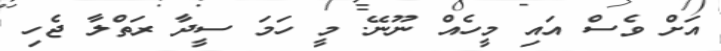
އަށް ވެސް އައި މީހެއް ނޫނޭ. މީ ހަމަ ސީދާ ރަތްލާ ޖެހި